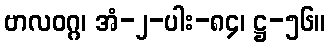
ဗာလဝဂ္ဂ၊ အံ-၂-ပါး-၈၄၊ ဋ္ဌ-၅၆။